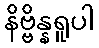
နိဗ္ဗိန္နရူပါ